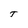
Character: T